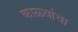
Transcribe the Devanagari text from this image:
काळ्यांचा